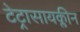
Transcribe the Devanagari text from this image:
टेट्रासायक्लीन